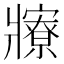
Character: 𤖡